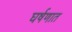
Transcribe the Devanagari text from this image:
घर्षणात